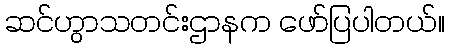
ဆင်ဟွာသတင်းဌာနက ဖော်ပြပါတယ်။